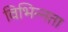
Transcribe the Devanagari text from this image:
विभिन्‍नता